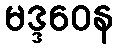
မဒ္ဒဝေန